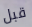
قبل